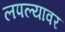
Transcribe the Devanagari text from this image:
लपल्यावर